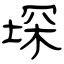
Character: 堔